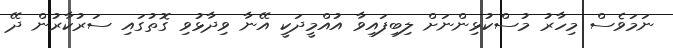
ނަމަވެސް މިހާރު މުސްކުޅިންނަށް ލިބިފައިވާ އުއްމީދަކީ އޭނާ ވިދާޅުވި ގޮތުގައި ސަރުކާރުން ދޭ